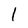
Character: I